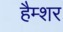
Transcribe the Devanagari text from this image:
हैम्शर